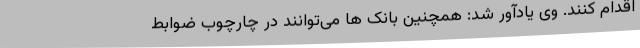
اقدام کنند. وی یادآور شد: همچنین بانک ها می‌توانند در چارچوب ضوابط